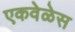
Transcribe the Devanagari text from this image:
एकवेळेस